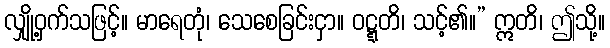
လျှို့ဝှက်သဖြင့်။ မာရေတုံ၊ သေစေခြင်းငှာ။ ဝဋ္ဋတိ၊ သင့်၏။” ဣတိ၊ ဤသို့။